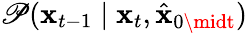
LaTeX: \mathscr{P}(\mathbf{{x}}_{t-1}\mid\mathbf{{x}}_{t},\hat{{\mathbf{{x}}}}_{0\midt})